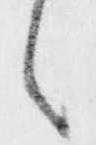
之